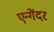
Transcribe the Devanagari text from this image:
एन्गेंदर